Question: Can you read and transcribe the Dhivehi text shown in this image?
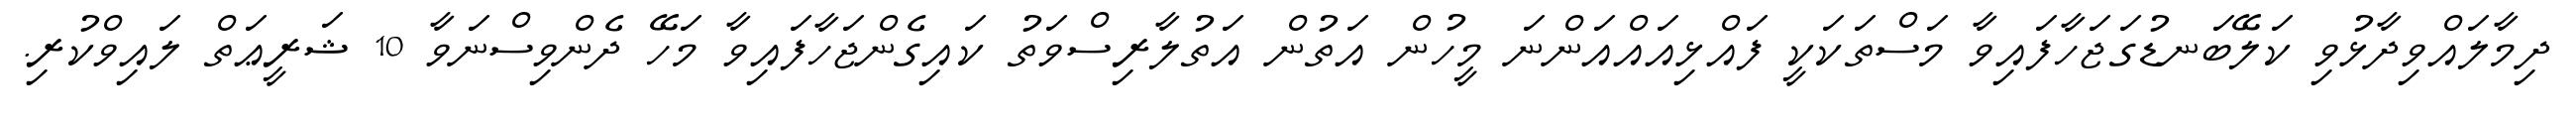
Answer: ދިމާލައްވިދާޅުވި ކަލޭބަނޑުގަޖަހާފައިވާ މަސްތަކަކީ ފައްޅިއައްއަންނަ މީހުން އަތުން އަތުލާރިސްވަތު ކައިގެންޖަހާފައިވާ މަހޭ ދެންވިސްނަވާ 10 ޝަރީޢަތް ލައިވްކުރި.